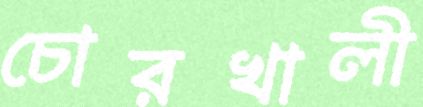
চোরখালী